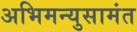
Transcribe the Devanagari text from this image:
अभिमन्युसामंत